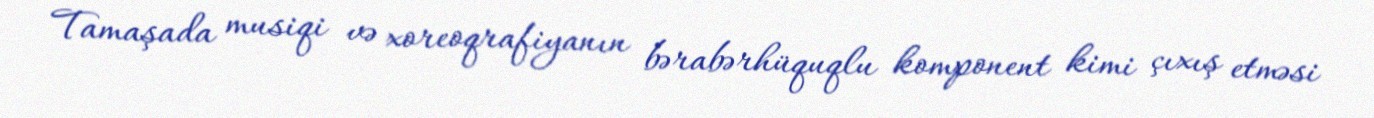
Tamaşada musiqi və xoreoqrafiyanın bərabərhüquqlu komponent kimi çıxış etməsi